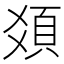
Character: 𩑛